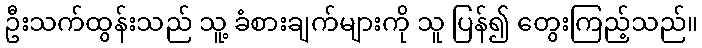
ဦးသက်ထွန်းသည် သူ့ ခံစားချက်များကို သူ ပြန်၍ တွေးကြည့်သည်။